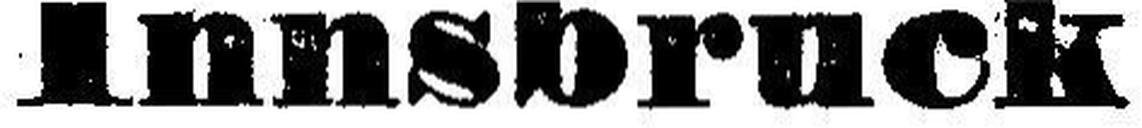
Innsbruch